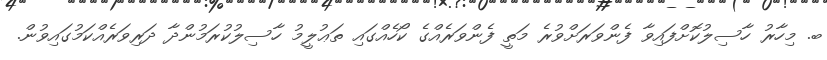
ބ. މިހާރު ހާސިލުކޮށްފައިވާ ފެންވަރަށްވުރެ މަތީ ފެންވަރެއްގެ ކޯހެއްގައި ތަޢުލީމު ހާސިލުކުރަމުންދާ ދަރިވަރެއްކަމުގައިވުން.